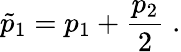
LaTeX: \tilde{p}_{1}=p_{1}+\frac{p_{2}}{2}\; .